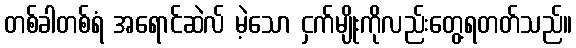
တစ်ခါတစ်ရံ အရောင်ဆဲလ် မဲ့သော ငှက်မျိုးကိုလည်းတွေ့ရတတ်သည်။